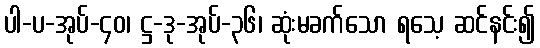
ပါ-ပ-အုပ်-၄၀၊ ဋ္ဌ-ဒု-အုပ်-၃၆၊ ဆုံးမခက်သော ရသေ့ ဆင်နင်း၍